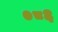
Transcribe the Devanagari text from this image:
०८६